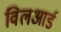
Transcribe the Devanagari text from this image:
विलआर्ड